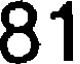
81